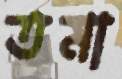
তমা